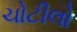
ચોટીલો